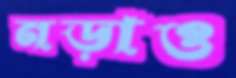
নড়াও